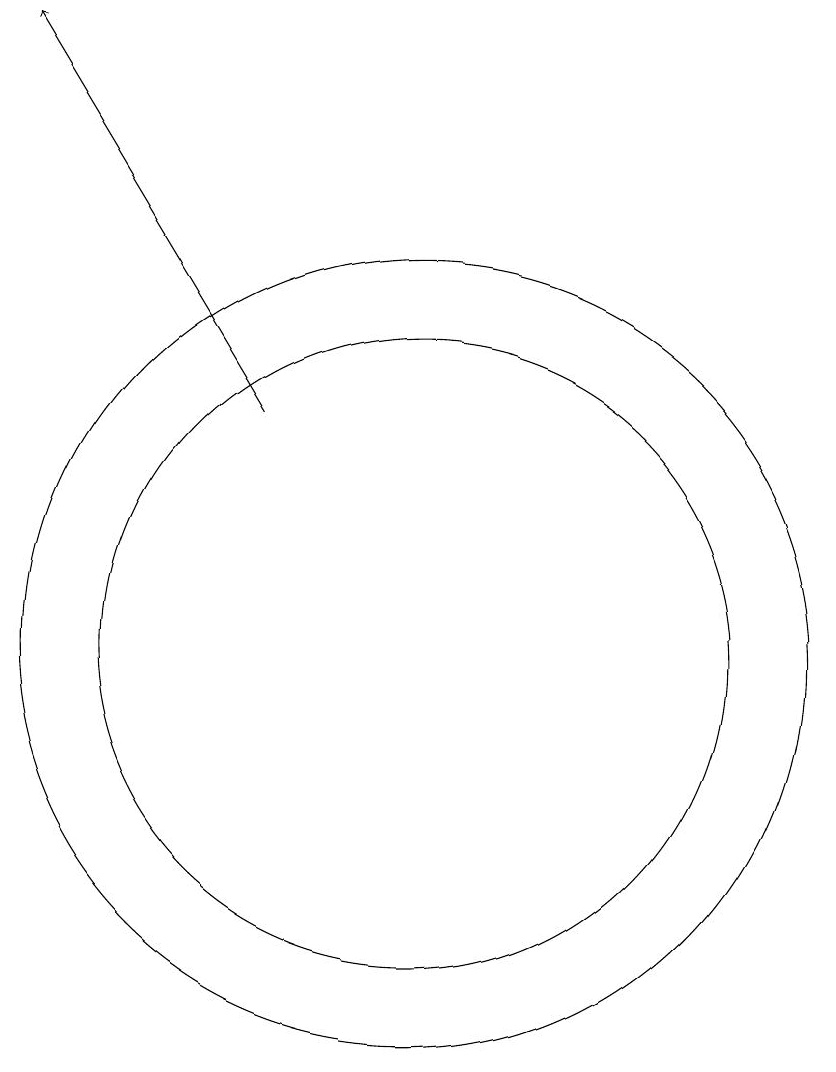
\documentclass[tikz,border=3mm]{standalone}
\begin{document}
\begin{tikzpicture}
\draw (10,10) circle (5);
\draw (10,10) circle (4);
\draw[->] (8,13) -- (5,18);
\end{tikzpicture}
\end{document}